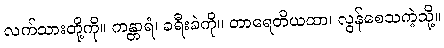
လက်သားတို့ကို။ ကန္တာရံ၊ ခရီးခဲကို။ တာရေတိယထာ၊ လွန်စေသကဲ့သို့။